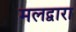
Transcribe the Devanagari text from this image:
मलद्वारा